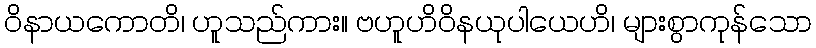
ဝိနာယကောတိ၊ ဟူသည်ကား။ ဗဟူဟိဝိနယုပါယေဟိ၊ များစွာကုန်သော